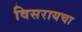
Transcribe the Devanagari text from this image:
विसरायचा